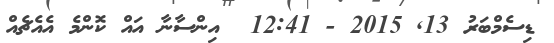
ޑިސެމްބަރު 13